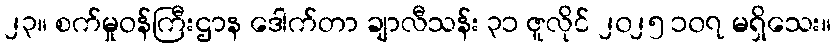
၂၃။ စက်မှုဝန်ကြီးဌာန ဒေါက်တာ ချာလီသန်း ၃၁ ဇူလိုင် ၂၀၂၅ ၁၀၇ မရှိသေး။